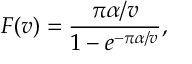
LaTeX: F ( v ) = \frac { \pi \alpha / v } { 1 - e ^ { - \pi \alpha / v } } ,